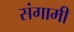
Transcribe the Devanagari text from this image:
संगामी